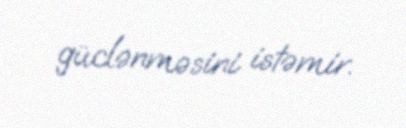
güclənməsini istəmir.